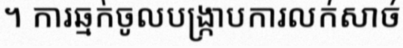
។ ការឆ្មក់ចូលបង្ក្រាបការលក់សាច់